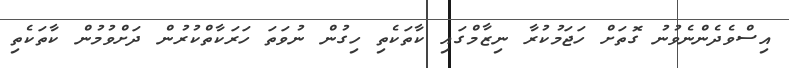
އިސްވެދެންނެވުނު ގޮތަށް ހަޖަމުކުރާ ނިޒާމްގައި ކާތަކެތި ހިގުން ނުވަތަ ހަރަކާތްކުރުން ދަށްވުމުން ކާތަކެތި